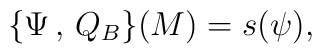
\{ \Psi\,,\,Q_B \} (M) = s(\psi) ,